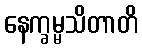
နေက္ခမ္မသိတာတိ